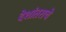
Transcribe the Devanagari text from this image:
देशांतराचे